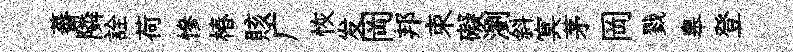
蕃隣詮荷慘椿賅广恢发岡邦束礙瀏斜㝠茅岡戮皋登